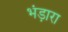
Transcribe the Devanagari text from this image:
भंड़ारा